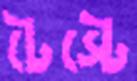
টেস্টে